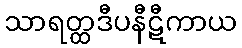
သာရတ္ထဒီပနီဋီကာယ